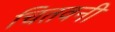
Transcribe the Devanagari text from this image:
चितवनी